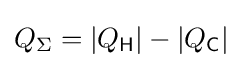
{\textstyle Q_{\Sigma }=\left\vert Q_{\mathsf {H}}\right\vert -\left\vert Q_{\mathsf {C}}\right\vert }